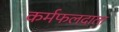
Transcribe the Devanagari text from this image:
कर्मफलदाता